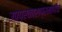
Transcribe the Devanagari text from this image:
उपप्रकाराप्रमाणेच